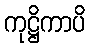
ကုဋ္ဌိကာပိ